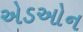
એડઓન